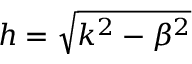
h = \sqrt { k ^ { 2 } - \beta ^ { 2 } }